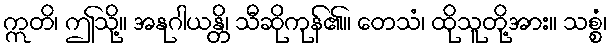
ဣတိ၊ ဤသို့။ အနုဂါယန္တိ၊ သီဆိုကုန်၏။ တေသံ၊ ထိုသူတို့အား။ သစ္စံ၊